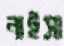
নাইসা